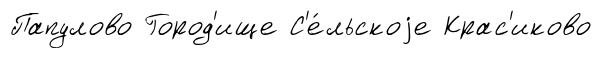
Папулово Город'ище С'е́льскоjе Крас'иково